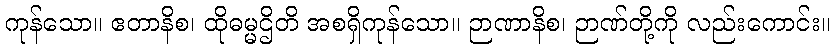
ကုန်သော။ ဧတာနိစ၊ ထိုဓမ္မဌိတိ အစရှိကုန်သော။ ဉာဏာနိစ၊ ဉာဏ်တို့ကို လည်းကောင်း။